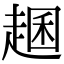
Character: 𧼐